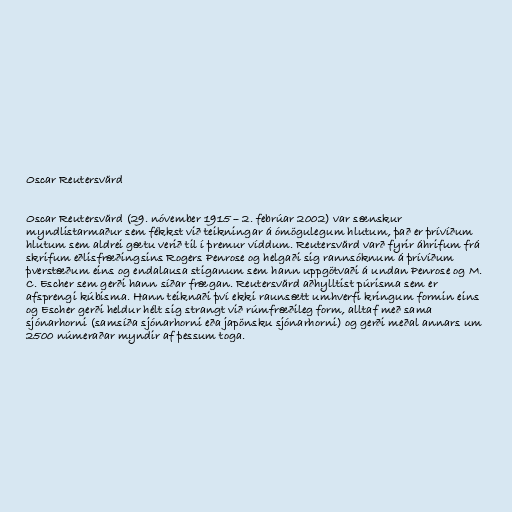
Oscar Reutersvärd

Oscar Reutersvärd (29. nóvember 1915 – 2. febrúar 2002) var sænskur
myndlistarmaður sem fékkst við teikningar á ómögulegum hlutum, það er þrívíðum
hlutum sem aldrei gætu verið til í þremur víddum. Reutersvärd varð fyrir áhrifum frá
skrifum eðlisfræðingsins Rogers Penrose og helgaði sig rannsóknum á þrívíðum
þverstæðum eins og endalausa stiganum sem hann uppgötvaði á undan Penrose og M.
C. Escher sem gerði hann síðar frægan. Reutersvärd aðhylltist púrisma sem er
afsprengi kúbisma. Hann teiknaði því ekki raunsætt umhverfi kringum formin eins
og Escher gerði heldur hélt sig strangt við rúmfræðileg form, alltaf með sama
sjónarhorni (samsíða sjónarhorni eða japönsku sjónarhorni) og gerði meðal annars um
2500 númeraðar myndir af þessum toga.